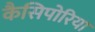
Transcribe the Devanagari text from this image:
कैसिपोरिया